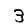
Digit: 3